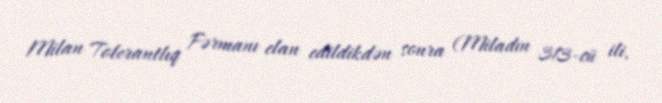
Milan Tolerantlıq Fərmanı elan edildikdən sonra (Miladın 313-cü ili,